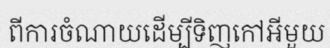
ពីការចំណាយដើម្បីទិញកៅអីមួយ